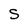
Character: S